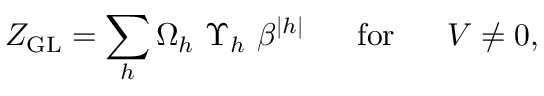
Z _ { \mathrm { G L } } = \sum _ { h } \Omega _ { h } ~ \Upsilon _ { h } ~ \beta ^ { | h | } \; \; \; \; \; \; \mathrm { f o r } \; \; \; \; \; \; V \neq 0 ,